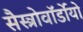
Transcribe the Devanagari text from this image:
सैस्त्रोवॉर्डोयो